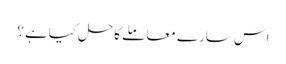
اس سارے معاملے کاحل کیاہے؟